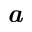
\textbf { \em a }